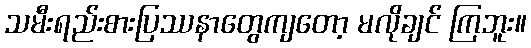
သမီးရည်းစားပြဿနာတွေကျတော့ မလိုချင် ကြဘူး။